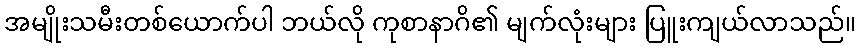
အမျိုးသမီးတစ်ယောက်ပါ ဘယ်လို ကုစာနာဂိ၏ မျက်လုံးများ ပြူးကျယ်လာသည်။